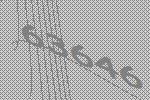
63646